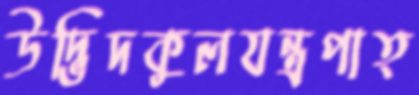
উদ্ভিদকুলযন্ত্রপাত্